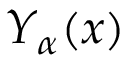
Y _ { \alpha } ( x )